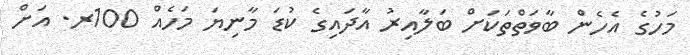
މަހުގެ އެހެން ބާވަތްތަކަށް ބަލާއިރު އާދައިގެ ކުޑަ މާނިޔަ މަހެއް 100ރ. އަށް